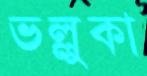
ভল্লুকা